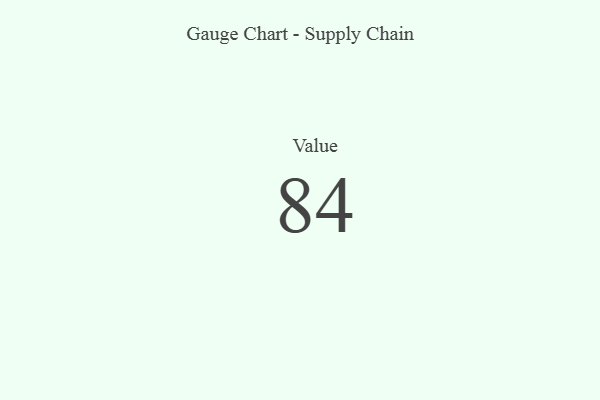
{"axis": {"x": "Metric", "y": "Value"}, "legend": [""], "data": [{"x": "Value", "y": 84, "type": ""}]}